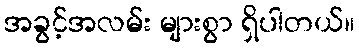
အခွင့်အလမ်း များစွာ ရှိပါတယ်။